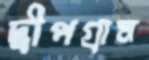
দ্বীপগ্রাম